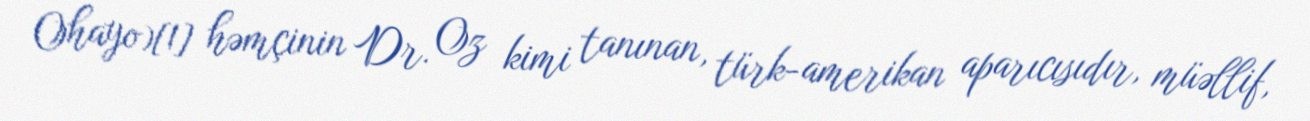
Ohayo)[1] həmçinin Dr. Oz kimi tanınan, türk-amerikan aparıcısıdır, müəllif,